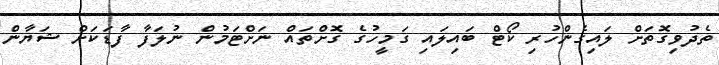
ތެދުވިގޮތަށް ލައިގެންހުރި ކޯޓް ބައިލައި ގަމީހުގެ ގޮށްތައް ނަށްޓަމުން ނުލަފާ ފާޑަކަށް ޝަޔާން